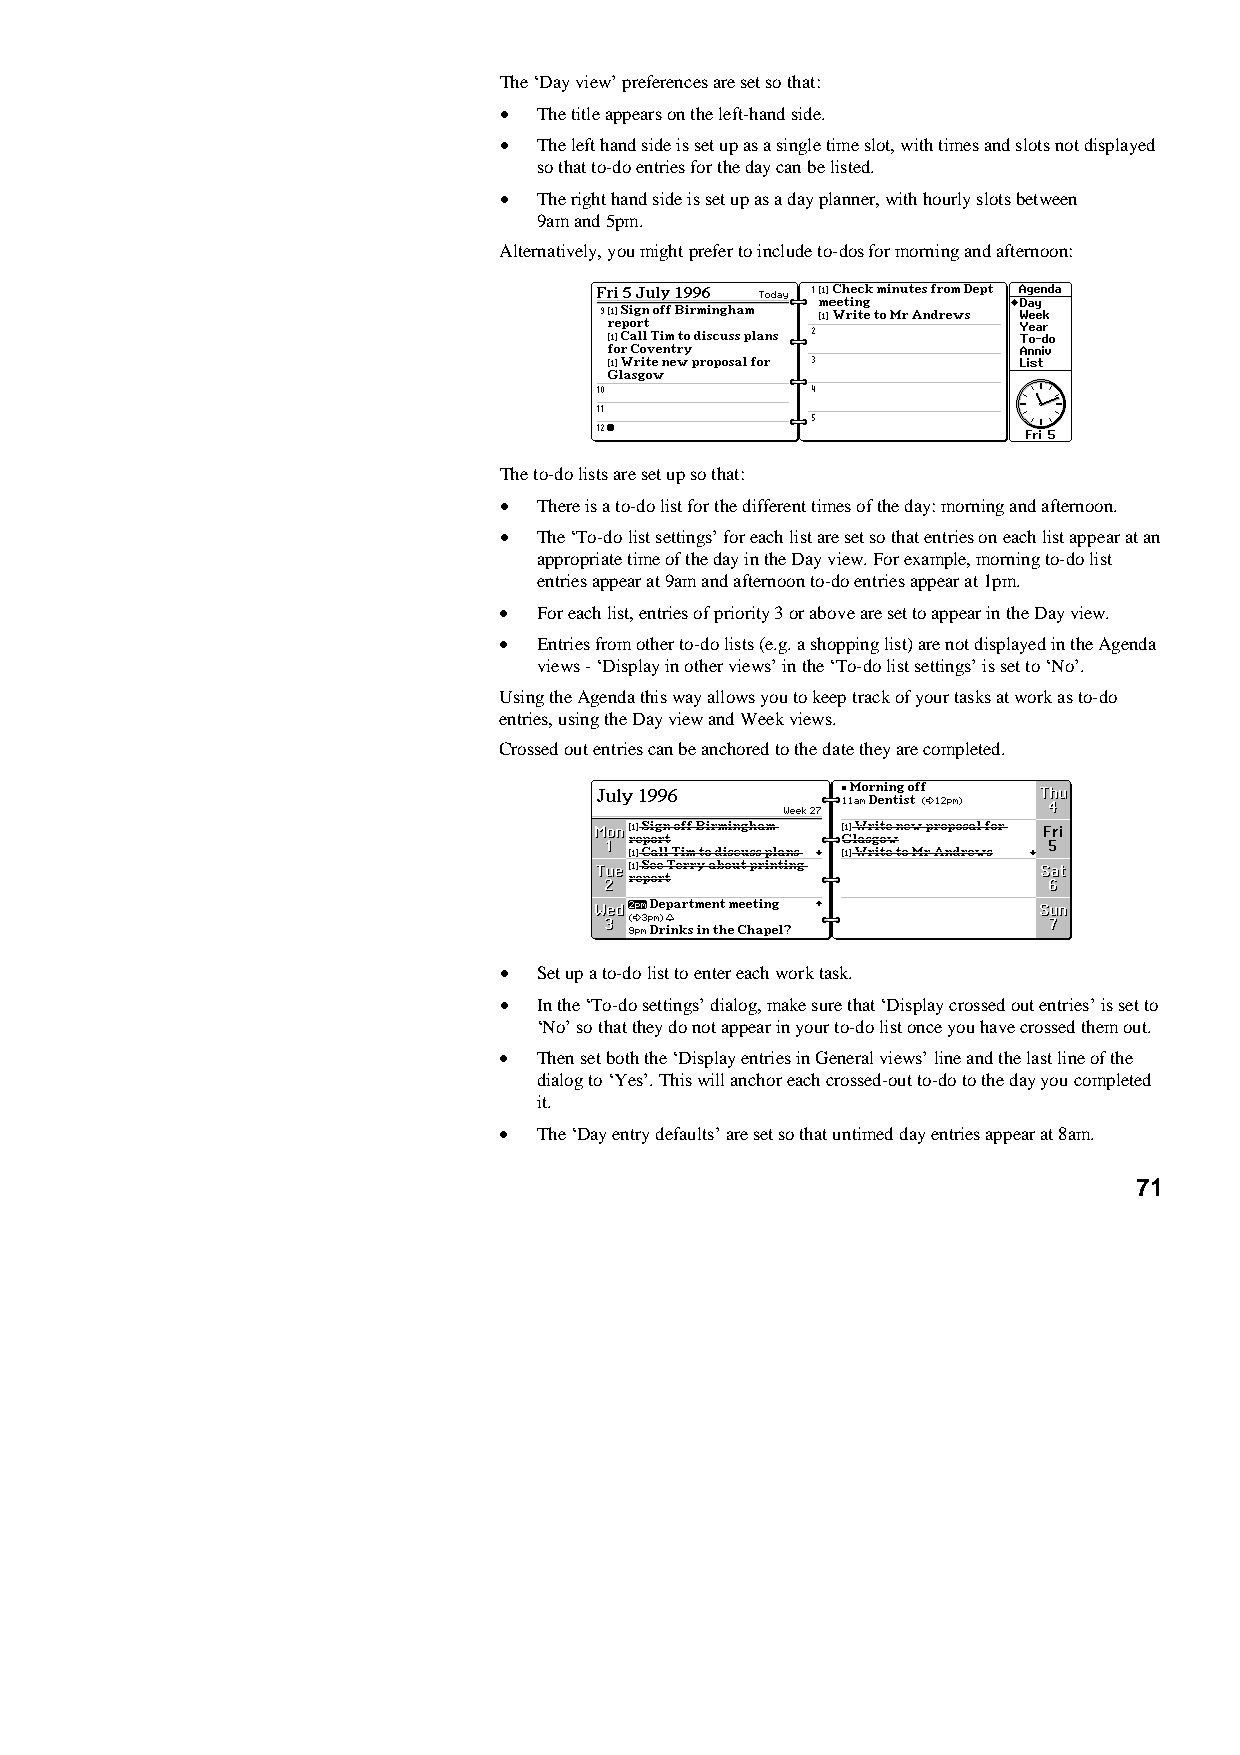
The ‘Day view’ preferences are set so that:
 •  The title appears on the left-hand side.
 •  The left hand side is set up as a single time slot, with times and slots not displayed
 so that to-do entries for the day can be listed.
 •  The right hand side is set up as a day planner, with hourly slots between
 9am and 5pm.
 Alternatively, you might prefer to include to-dos for morning and afternoon:
 The to-do lists are set up so that:
 •  There is a to-do list for the different times of the day: morning and afternoon.
 •  The ‘To-do list settings’ for each list are set so that entries on each list appear at an
 appropriate time of the day in the Day view. For example, morning to-do list
 entries appear at 9am and afternoon to-do entries appear at 1pm.
 •  For each list, entries of priority 3 or above are set to appear in the Day view.
 •  Entries from other to-do lists (e.g. a shopping list) are not displayed in the Agenda
 views - ‘Display in other views’ in the ‘To-do list settings’ is set to ‘No’.
 Using the Agenda this way allows you to keep track of your tasks at work as to-do
 entries, using the Day view and Week views.
 Crossed out entries can be anchored to the date they are completed.
 •  Set up a to-do list to enter each work task.
 •  In the ‘To-do settings’ dialog, make sure that ‘Display crossed out entries’ is set to
 ‘No’ so that they do not appear in your to-do list once you have crossed them out.
 •  Then set both the ‘Display entries in General views’ line and the last line of the
 dialog to ‘Yes’. This will anchor each crossed-out to-do to the day you completed
 it.
 •  The ‘Day entry defaults’ are set so that untimed day entries appear at 8am.
 71